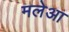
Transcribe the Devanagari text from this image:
मलेआ